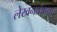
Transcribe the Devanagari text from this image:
लेखनतंत्राचा